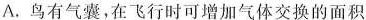
A.鸟有气囊，在飞行时可增加气体交换的面积